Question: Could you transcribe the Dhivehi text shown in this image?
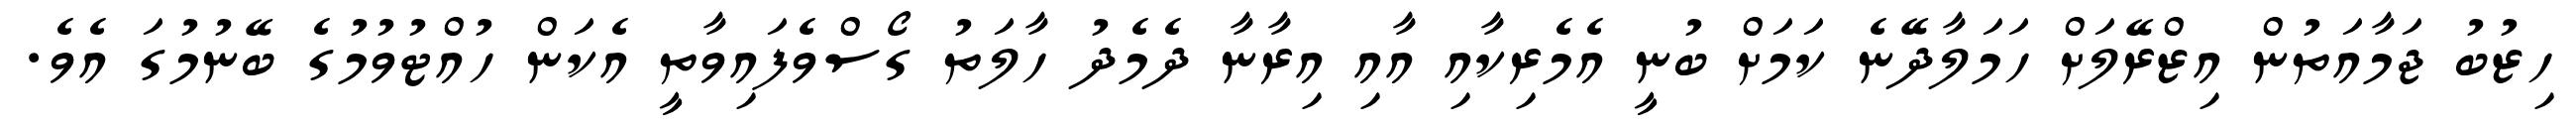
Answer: ހިޒުބު ޖަމާއަތުން އިޒްރޭލަށް ހަމަލާދޭނެ ކަމަށް ބުނީ އެމެރިކާއި އާއި އިރާނާ ދެމެދު ހާލަތު ގޯސްވެފައިވާތީ އެކަން ހުއްޓުވުމުގެ ބޭނުމުގަ އެވެ.